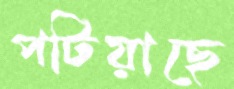
পটিয়াছে